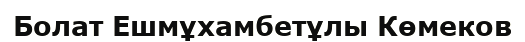
Болат Ешмұхамбетұлы Көмеков